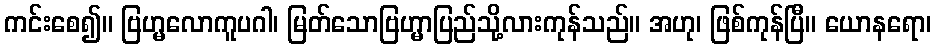
ကင်းစေ၍။ ဗြဟ္မလောကူပဂါ၊ မြတ်သောဗြဟ္မာပြည်သို့လားကုန်သည်။ အဟု၊ ဖြစ်ကုန်ပြီ။ ယောနရော၊